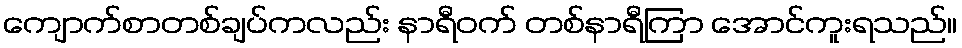
ကျောက်စာတစ်ချပ်ကလည်း နာရီဝက် တစ်နာရီကြာ အောင်ကူးရသည်။